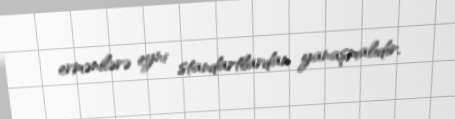
ermənilərə eyni standartlardan yanaşmalıdır.